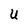
Character: U